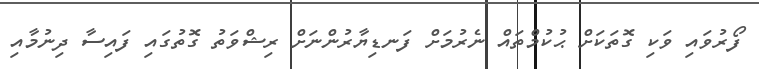
ފޯރުވައި ވަކި ގޮތަކަށް ޙުކުމްތައް ނެރުމަށް ފަނޑިޔާރުންނަށް ރިޝްވަތު ގޮތުގައި ފައިސާ ދިނުމާއި